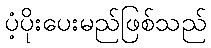
ပံ့ပိုးပေးမည်ဖြစ်သည်